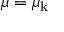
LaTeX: \mu = \mu _ { \mathrm { k } }